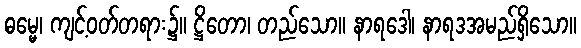
ဓမ္မေ၊ ကျင့်ဝတ်တရား၌။ ဋ္ဌိတော၊ တည်သော။ နာရဒေါ၊ နာရဒအမည်ရှိသော။